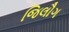
જિલૌગ